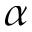
\alpha